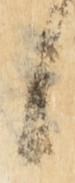
候